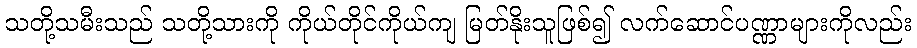
သတို့သမီးသည် သတို့သားကို ကိုယ်တိုင်ကိုယ်ကျ မြတ်နိုးသူဖြစ်၍ လက်ဆောင်ပဏ္ဏာများကိုလည်း